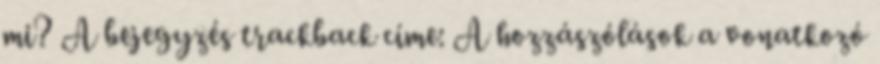
mi? A bejegyzés trackback címe: A hozzászólások a vonatkozó